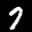
Label: 7